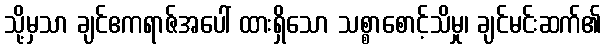
သို့မှသာ ချင်ဧကရာဇ်အပေါ် ထားရှိသော သစ္စာစောင့်သိမှု၊ ချင်မင်းဆက်၏